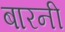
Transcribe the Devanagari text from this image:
बारनी